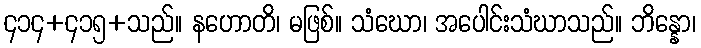
၄၁၄+၄၁၅+သည်။ နဟောတိ၊ မဖြစ်။ သံဃော၊ အပေါင်းသံဃာသည်။ ဘိန္နော၊